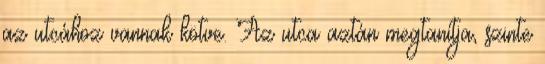
az utcához vannak kötve. Az utca aztán megtanítja, szinte